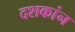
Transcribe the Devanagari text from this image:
दशकांन